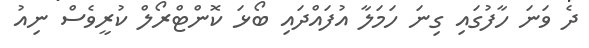
ދެ ވަނަ ހާފުގައި ގިނަ ހަމަލާ އުފައްދައި ބޯޅަ ކޮންޓްރޯލް ކުރީވެސް ނިއު